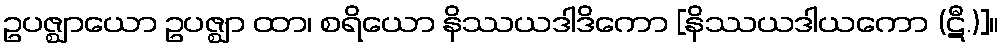
ဥပဇ္ဈာယော ဥပဇ္ဈာ ထာ၊ စရိယော နိဿယဒါဒိကော [နိဿယဒါယကော (ဋီ.)]။